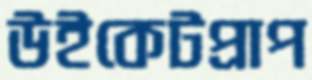
উইকেটপ্রাপ